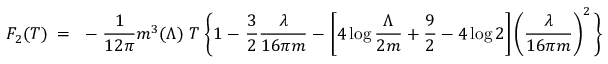
F _ { 2 } ( T ) \; = \; \; - \; { \frac { 1 } { 1 2 \pi } } m ^ { 3 } ( \Lambda ) \; T \; \Bigg \{ 1 \; - \; { \frac { 3 } { 2 } } { \frac { \lambda } { 1 6 \pi m } } \; - \; \left[ 4 \log { \frac { \Lambda } { 2 m } } + { \frac { 9 } { 2 } } - 4 \log 2 \right] \left( { \frac { \lambda } { 1 6 \pi m } } \right) ^ { 2 } \Bigg \} \, ,